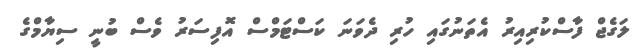
ލަގެޖް ފާސްކުރިއިރު އެތަނުގައި ހުރި ދެވަނަ ކަސްޓަމްސް އޮފިސަރު ވެސް ބުނީ ސިޔާމްގެ